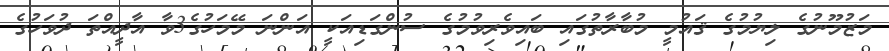
މަޒުމޫނުގެ ލިޔުމުގެ ޤައުމީ މުބާރާތުގައި ބައިވެރިވުމުގެ ސުންގަޑިއަކީ އަންނަ މޭމަހުގެ3ވާ އާދީއްތަ ދުވަހުގެ